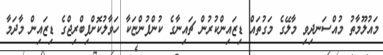
މައުލޫމާތު މުއްސަނދިވި މާލޭގެ މަގުތައް ޑިޒައިންކުރުން ޗައިނާގެ ކުންފުންޏަކާ ހަވާލުކޮށްފިބްރިޖްގެ ޑިޒައިން މާދަމާ